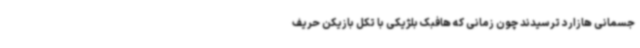
جسمانی هازارد ترسیدند چون زمانی که هافبک بلژیکی با تکل بازیکن حریف